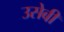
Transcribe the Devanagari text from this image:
उसेबी